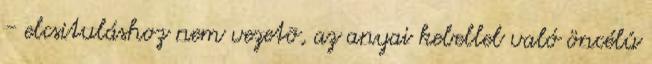
- elcsituláshoz nem vezetõ, az anyai kebellel való öncélú